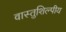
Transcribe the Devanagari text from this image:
वास्‍तुशिल्‍पीय